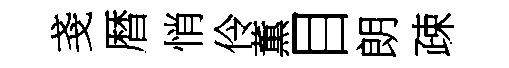
戔暦悄伶薫目朗疎